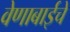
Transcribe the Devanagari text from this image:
वेणाबाईचे